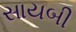
સાયબી